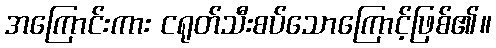
အကြောင်းကား ငရုတ်သီးစပ်သောကြောင့်ဖြစ်၏။